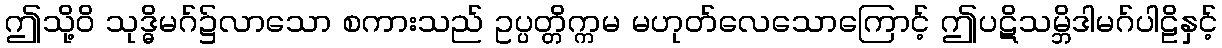
ဤသို့ဝိ သုဒ္ဓိမဂ်၌လာသော စကားသည် ဥပ္ပတ္တိက္ကမ မဟုတ်လေသောကြောင့် ဤပဋိသမ္ဘိဒါမဂ်ပါဠိနှင့်